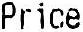
PRICE